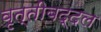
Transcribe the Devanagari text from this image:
वृत्तीबद्दल